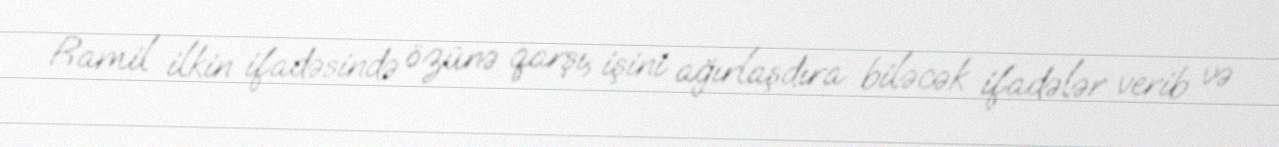
Ramil ilkin ifadəsində özünə qarşı, işini ağırlaşdıra biləcək ifadələr verib və